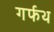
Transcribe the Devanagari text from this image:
गर्फथ